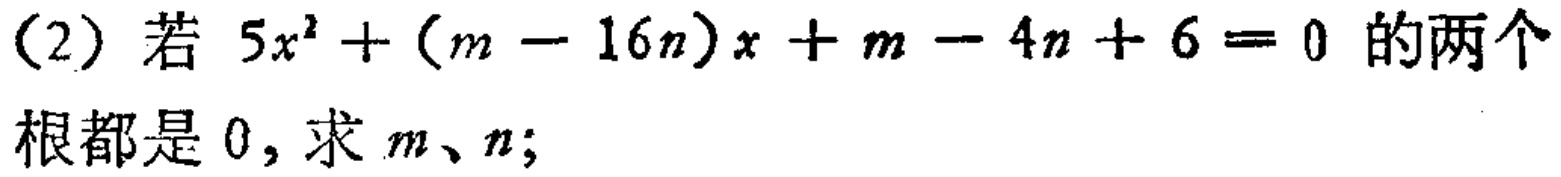
(2) 若 \(5x^{2}+(m - 16n)x + m - 4n + 6 = 0\) 的两个
根都是 \(0\)，求 \(m\)、\(n\)；